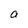
Character: a